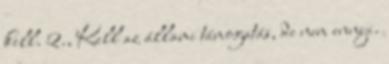
kell. 2., Kell az állami támogatás, de nem ennyi.